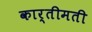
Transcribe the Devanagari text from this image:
कार्तीमती